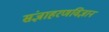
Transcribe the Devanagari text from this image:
संज्ञाहरणविज्ञान